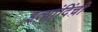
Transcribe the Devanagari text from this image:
इत्यांदिंची